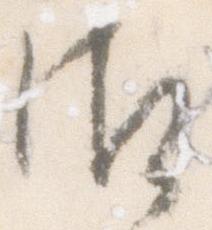
御